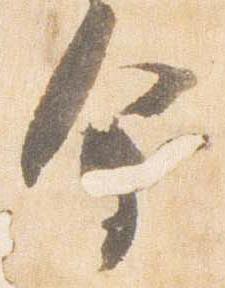
会